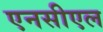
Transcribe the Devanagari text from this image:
एनसीएल